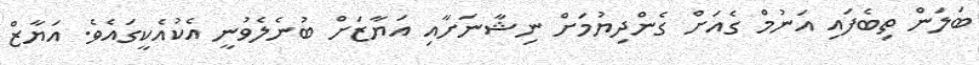
ބަލަން ތިބެފައި އަނުމް ގެއަށް ގެންދިޔުމަށް ނިޝާނަށާއި އަޔާޒަށް ބުނެލެވުނީ އެކުއެކީގައެވެ. އަޔާޒް